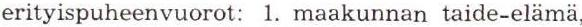
erityispuheenvuorot: 1. maakunnan taide-elämä,